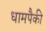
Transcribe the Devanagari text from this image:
धामपैकी